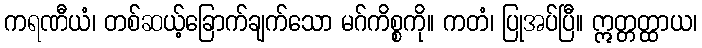
ကရဏီယံ၊ တစ်ဆယ့်ခြောက်ချက်သော မဂ်ကိစ္စကို။ ကတံ၊ ပြုအပ်ပြီ။ ဣတ္တတ္ထာယ၊